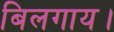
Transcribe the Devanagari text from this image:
बिलगाय।